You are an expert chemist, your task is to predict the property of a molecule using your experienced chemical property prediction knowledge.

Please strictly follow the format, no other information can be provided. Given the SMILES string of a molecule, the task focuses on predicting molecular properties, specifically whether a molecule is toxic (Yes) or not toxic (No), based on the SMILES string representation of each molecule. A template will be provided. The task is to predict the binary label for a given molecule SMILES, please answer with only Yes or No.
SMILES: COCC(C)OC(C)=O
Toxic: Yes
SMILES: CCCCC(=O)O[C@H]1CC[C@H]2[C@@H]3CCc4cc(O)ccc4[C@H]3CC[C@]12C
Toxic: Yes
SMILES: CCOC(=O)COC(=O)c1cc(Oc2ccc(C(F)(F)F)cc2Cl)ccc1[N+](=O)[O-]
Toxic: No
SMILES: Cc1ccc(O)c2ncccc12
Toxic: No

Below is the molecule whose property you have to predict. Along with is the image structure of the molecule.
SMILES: CN1C(=O)/C(=N/NC(N)=S)c2ccccc21
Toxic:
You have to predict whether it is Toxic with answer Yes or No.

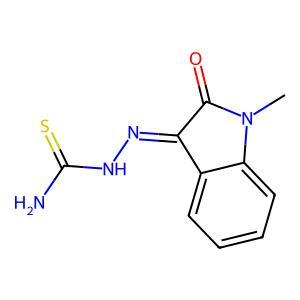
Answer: No